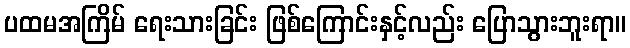
ပထမအကြိမ် ရေးသားခြင်း ဖြစ်ကြောင်းနှင့်လည်း ပြောသွားဘူးရာ။